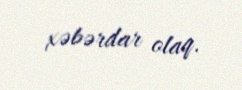
xəbərdar olaq.